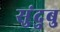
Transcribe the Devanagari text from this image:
सुंदुबु